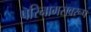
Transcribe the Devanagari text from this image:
परिनामसवरूप